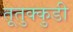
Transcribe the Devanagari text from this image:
तूतुक्कुडी